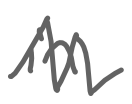
Text: in
Cross-out: zig-zag
Writing tool: digital_gray